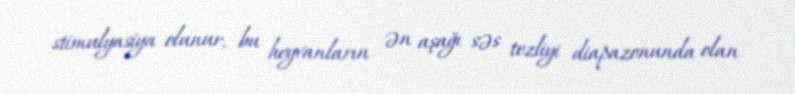
stimulyasiya olunur, bu heyvanların ən aşağı səs tezliyi diapazonunda olan